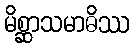
မိစ္ဆာသမာဓိဿ